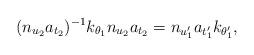
LaTeX: \begin{align*} (n_{u_2}a_{t_2})^{-1} k_{\theta_1} n_{u_2}a_{t_2} = n_{u_1'}a_{t_1'}k_{\theta_1'},\end{align*}